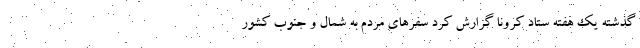
گذشته یک هفته ستاد کرونا گزارش کرد سفرهای مردم به شمال و جنوب کشور